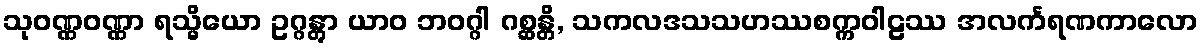
သုဝဏ္ဏဝဏ္ဏာ ရသ္မိယော ဥဂ္ဂန္တွာ ယာဝ ဘဝဂ္ဂါ ဂစ္ဆန္တိ, သကလဒသသဟဿစက္ကဝါဠဿ အလင်္ကရဏကာလော